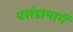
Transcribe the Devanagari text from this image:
परांडामार्गे